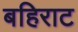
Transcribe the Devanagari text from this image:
बहिराट